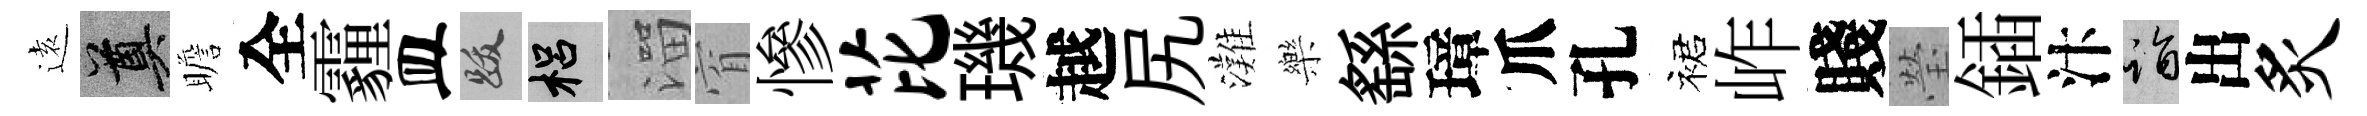
逺奠瞻全霾皿跋梠溜窅慘芘璣越尻灘樂繇璋爪孔裙岞賤瑩鍤汴诣出炙